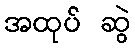
အထုပ် ဆွဲ